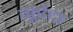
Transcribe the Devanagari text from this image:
गूदेदा